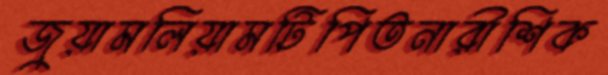
জুয়ামলিয়ামটিপিতনারীশিক